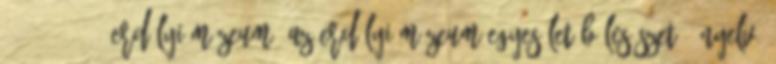
. 3:392-393. Erdélyi Múzeum: Az Erdélyi Múzeum-Egyesület Bölcsészet-, Nyelv-